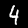
Label: 4